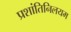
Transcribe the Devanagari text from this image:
प्रशांतिनिलयम